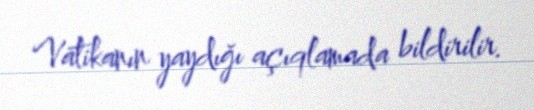
Vatikanın yaydığı açıqlamada bildirilir.